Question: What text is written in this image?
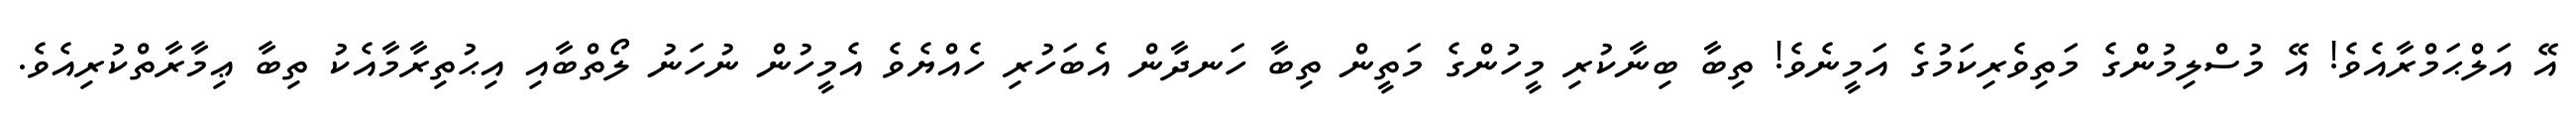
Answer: އޭ އަލްޙަމްރާއެވެ! އޭ މުސްލިމުންގެ މަތިވެރިކަމުގެ އަމީނެވެ! ތިބާ ބިނާކުރި މީހުންގެ މަތީން ތިބާ ހަނދާން އެބަހުރި ހެއްޔެވެ އެމީހުން ނުހަނު ލޯތްބާއި އިޙުތިރާމާއެކު ތިބާ ޢިމާރާތްކުރިއެވެ.